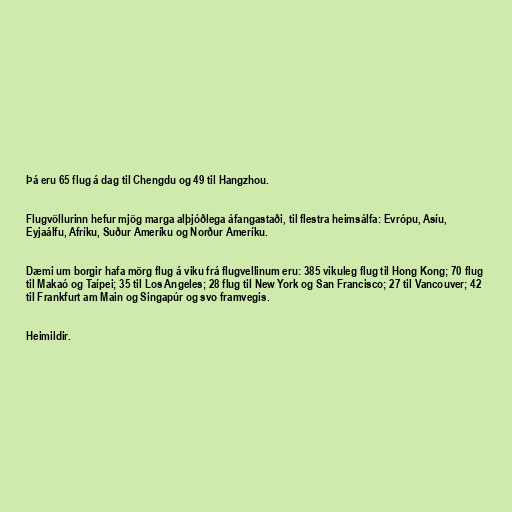
Þá eru 65 flug á dag til Chengdu og 49 til Hangzhou.

Flugvöllurinn hefur mjög marga alþjóðlega áfangastaði, til flestra heimsálfa: Evrópu, Asíu,
Eyjaálfu, Afríku, Suður Ameríku og Norður Ameríku.

Dæmi um borgir hafa mörg flug á viku frá flugvellinum eru: 385 vikuleg flug til Hong Kong; 70 flug
til Makaó og Taípei; 35 til Los Angeles; 28 flug til New York og San Francisco; 27 til Vancouver; 42
til Frankfurt am Main og Singapúr og svo framvegis.

Heimildir.